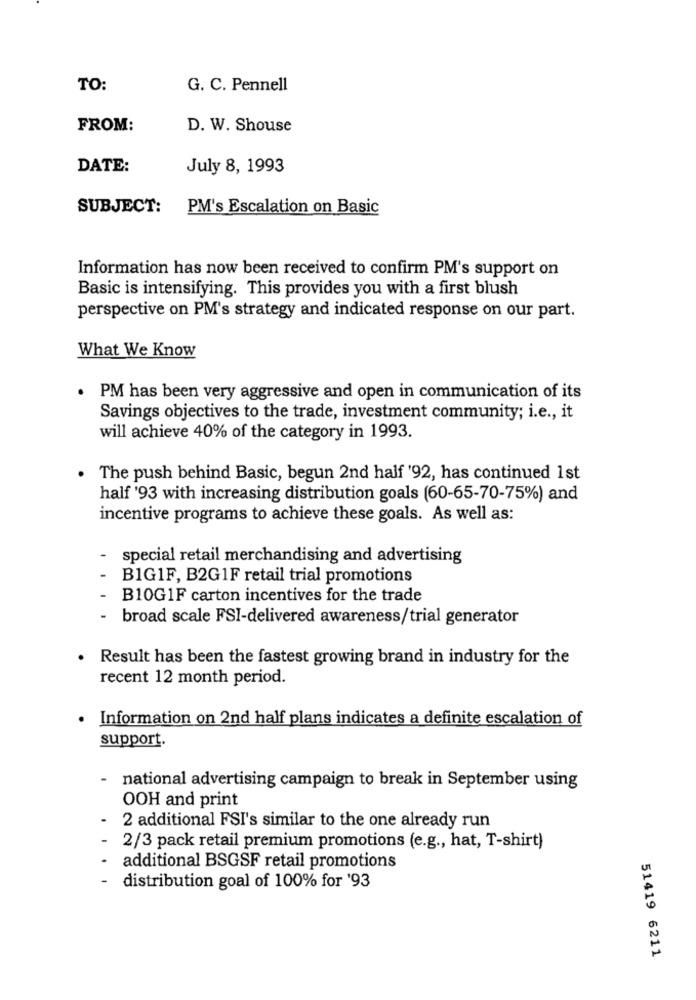
TO:
G. C. Pennell
FROM:
D. W. Shouse
DATE:
July 8, 1993
SUBJECT:
PM's Escalation on Basic
Information has now been received to confirm PM's support on
Basic is intensifying. This provides you with a first blush
perspective on PM's strategy and indicated response on our part.
What We Know
· PM has been very aggressive and open in communication of its
Savings objectives to the trade, investment community; i.e ., it
will achieve 40% of the category in 1993.
. The push behind Basic, begun 2nd half '92, has continued 1st
half '93 with increasing distribution goals (60-65-70-75%) and
incentive programs to achieve these goals. As well as:
special retail merchandising and advertising
B1G1F, B2G1F retail trial promotions
B10G1F carton incentives for the trade
broad scale FSI-delivered awareness/trial generator
Result has been the fastest growing brand in industry for the
recent 12 month period.
· Information on 2nd half plans indicates a definite escalation of
support.
national advertising campaign to break in September using
OOH and print
2 additional FSI's similar to the one already run
2/3 pack retail premium promotions (e.g ., hat, T-shirt)
additional BSGSF retail promotions
distribution goal of 100% for '93
51419 6211